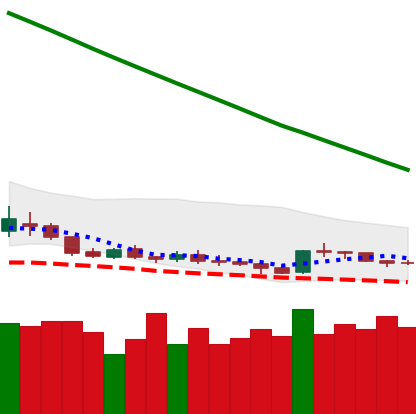
Ticker: DOGE-USD
Chart end date: 2019-02-13
Forward return: 11.675%
Label: up_7plus